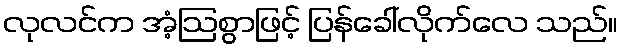
လုလင်က အံ့ဩစွာဖြင့် ပြန်ခေါ်လိုက်လေ သည်။